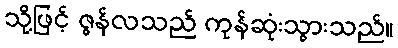
သို့ဖြင့် ဇွန်လသည် ကုန်ဆုံးသွားသည်။